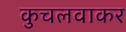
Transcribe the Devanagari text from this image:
कुचलवाकर